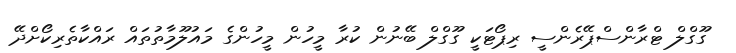
ގޫގްލް ޓްރާންސްޕޭރެންސީ ރިޕޯޓަކީ ގޫގްލް ބޭނުން ކުރާ މީހުން މީހުންގެ މައުލޫމާތުތައް ރައްކާތެރިކޯށްދޭ